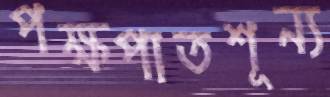
পক্ষপাতশূন্য